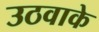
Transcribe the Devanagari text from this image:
उठवाके